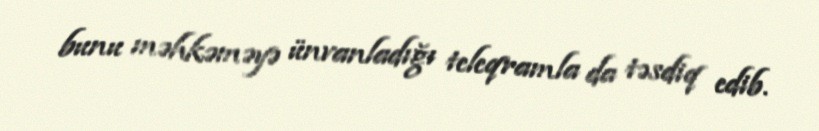
bunu məhkəməyə ünvanladığı teleqramla da təsdiq edib.